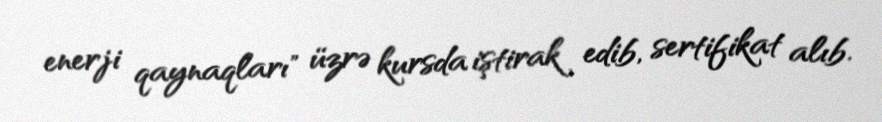
enerji qaynaqları" üzrə kursda iştirak edib, sertifikat alıb.